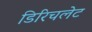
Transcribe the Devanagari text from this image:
डिरिचलेट